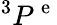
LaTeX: ^3P^{\mathrm{~e~}}